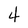
Character: 4